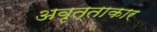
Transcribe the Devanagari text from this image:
अवृत्ताकार